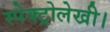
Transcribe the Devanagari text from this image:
स्पेक्ट्रोलेखी।